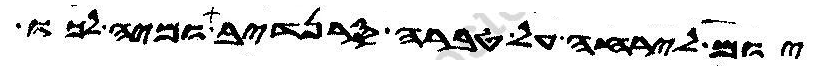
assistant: יום לירחה על טברה סרנדיב ומיה לכו